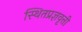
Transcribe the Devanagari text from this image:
स्थितप्रज्ञवृत्ती